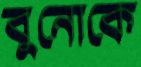
বুনোকে